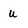
Character: u